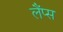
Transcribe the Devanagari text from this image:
लैंप्स